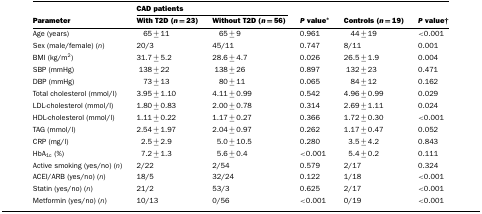
<table><thead><tr><td></td><td colspan="2"><b>CAD patients</b></td><td></td><td></td><td></td></tr><tr><td><b>Parameter</b></td><td><b>With T2D (<i>n</i>=23)</b></td><td><b>Without T2D (<i>n</i>=56)</b></td><td><b><i>P</i> value*</b></td><td><b>Controls (<i>n</i>=19)</b></td><td><b><i>P</i> value†</b></td></tr></thead><tbody><tr><td>Age (years)</td><td>65±11</td><td>65±9</td><td>0.961</td><td>44±19</td><td>&lt;0.001</td></tr><tr><td>Sex (male/female) (<i>n</i>)</td><td>20/3</td><td>45/11</td><td>0.747</td><td>8/11</td><td>0.001</td></tr><tr><td>BMI (kg/m<sup>2</sup>)</td><td>31.7±5.2</td><td>28.6±4.7</td><td>0.026</td><td>26.5±1.9</td><td>0.004</td></tr><tr><td>SBP (mmHg)</td><td>138±22</td><td>138±26</td><td>0.897</td><td>132±23</td><td>0.471</td></tr><tr><td>DBP (mmHg)</td><td>73±13</td><td>80±11</td><td>0.065</td><td>84±12</td><td>0.162</td></tr><tr><td>Total cholesterol (mmol/l)</td><td>3.95±1.10</td><td>4.11±0.99</td><td>0.542</td><td>4.96±0.99</td><td>0.029</td></tr><tr><td>LDL-cholesterol (mmol/l)</td><td>1.80±0.83</td><td>2.00±0.78</td><td>0.314</td><td>2.69±1.11</td><td>0.024</td></tr><tr><td>HDL-cholesterol (mmol/l)</td><td>1.11±0.22</td><td>1.17±0.27</td><td>0.366</td><td>1.72±0.30</td><td>&lt;0.001</td></tr><tr><td>TAG (mmol/l)</td><td>2.54±1.97</td><td>2.04±0.97</td><td>0.262</td><td>1.17±0.47</td><td>0.052</td></tr><tr><td>CRP (mg/l)</td><td>2.5±2.9</td><td>5.0±10.5</td><td>0.280</td><td>3.5±4.2</td><td>0.843</td></tr><tr><td>HbA<sub>1c</sub> (%)</td><td>7.2±1.3</td><td>5.6±0.4</td><td>&lt;0.001</td><td>5.4±0.2</td><td>0.111</td></tr><tr><td>Active smoking (yes/no) (<i>n</i>)</td><td>2/22</td><td>2/54</td><td>0.579</td><td>2/17</td><td>0.324</td></tr><tr><td>ACEI/ARB (yes/no) (<i>n</i>)</td><td>18/5</td><td>32/24</td><td>0.122</td><td>1/18</td><td>&lt;0.001</td></tr><tr><td>Statin (yes/no) (<i>n</i>)</td><td>21/2</td><td>53/3</td><td>0.625</td><td>2/17</td><td>&lt;0.001</td></tr><tr><td>Metformin (yes/no) (<i>n</i>)</td><td>10/13</td><td>0/56</td><td>&lt;0.001</td><td>0/19</td><td>&lt;0.001</td></tr></tbody></table>